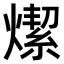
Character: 𤏦